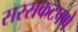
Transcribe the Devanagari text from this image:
सरसकटपणे